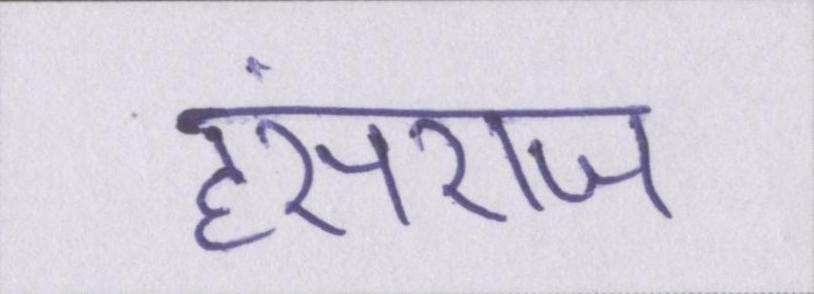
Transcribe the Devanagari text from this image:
हंसराज